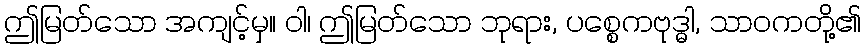
ဤမြတ်သော အကျင့်မှ။ ဝါ၊ ဤမြတ်သော ဘုရား, ပစ္စေကဗုဒ္ဓါ, သာဝကတို့၏